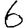
Digit: 6